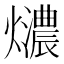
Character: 𤒚